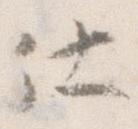
仕